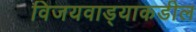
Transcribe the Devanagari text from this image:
विजयवाड्याकडील